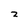
Character: 2